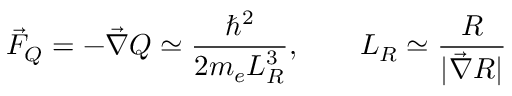
\vec { F } _ { Q } = - \vec { \nabla } Q \simeq \frac { \hbar ^ { 2 } } { 2 m _ { e } L _ { R } ^ { 3 } } , \qquad L _ { R } \simeq \frac { R } { | \vec { \nabla } R | }